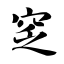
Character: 窆